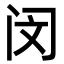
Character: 闵